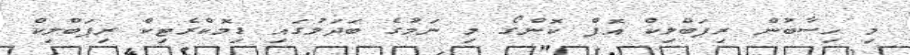
މި ހިސާބުން ރިޕަބްލިކް އޮފް ކޮންގޯ މި ނަމުގެ ބަދަލުގައި ޑިމޮކްރެޓިކް ރިޕަބްލިކް